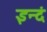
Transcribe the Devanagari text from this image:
इन्दं